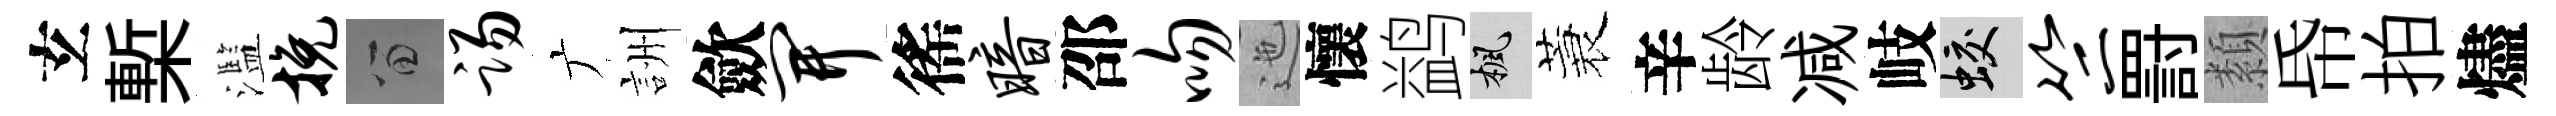
𤣥槧濫挽留踢广詶歛开徭暗邵吻迤懷鹢楓蓑辛龄减岐蛟竺罸纇帋拍燼